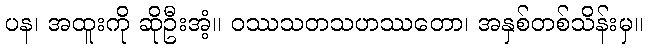
ပန၊ အထူးကို ဆိုဦးအံ့။ ဝဿသတသဟဿတော၊ အနှစ်တစ်သိန်းမှ။